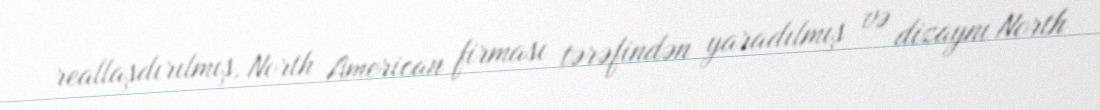
reallaşdırılmış, North American firması tərəfindən yaradılmış və dizaynı North